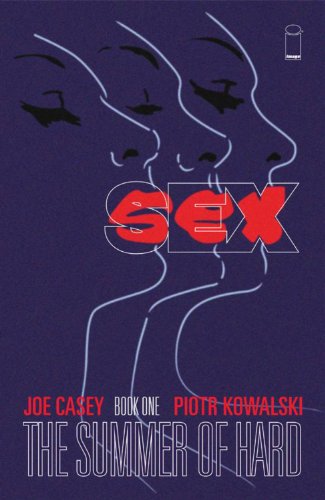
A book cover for SEX Volume 1: Summer of Hard TP; Joe Casey; Comics & Graphic Novels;